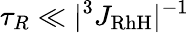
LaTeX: \tau_{R}\ll|^{3}J_{\mathrm{RhH}}|^{-1}